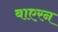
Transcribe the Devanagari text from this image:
बाएरन